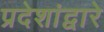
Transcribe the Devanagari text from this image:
प्रदेशांद्वारे